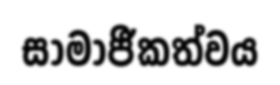
සාමාජීකත්වය